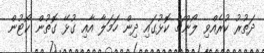
ދަތުރު ކުރެއްވި ލޯންޗް ކޮޅުގައި ދިން ހަމަލާ އާއި ގުޅޭ ގޮތުން ކޯޓުން